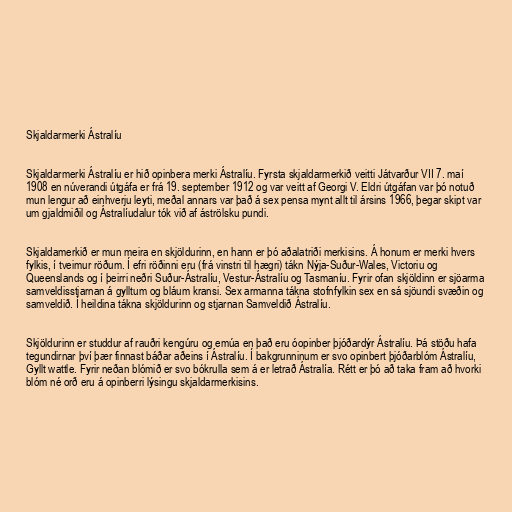
Skjaldarmerki Ástralíu

Skjaldarmerki Ástralíu er hið opinbera merki Ástralíu. Fyrsta skjaldarmerkið veitti Játvarður VII 7. maí
1908 en núverandi útgáfa er frá 19. september 1912 og var veitt af Georgi V. Eldri útgáfan var þó notuð
mun lengur að einhverju leyti, meðal annars var það á sex pensa mynt allt til ársins 1966, þegar skipt var
um gjaldmiðil og Ástralíudalur tók við af áströlsku pundi.

Skjaldamerkið er mun meira en skjöldurinn, en hann er þó aðalatriði merkisins. Á honum er merki hvers
fylkis, í tveimur röðum. Í efri röðinni eru (frá vinstri til hægri) tákn Nýja-Suður-Wales, Victoriu og
Queenslands og í þeirri neðri Suður-Ástralíu, Vestur-Ástralíu og Tasmaníu. Fyrir ofan skjöldinn er sjöarma
samveldisstjarnan á gylltum og bláum kransi. Sex armanna tákna stofnfylkin sex en sá sjöundi svæðin og
samveldið. Í heildina tákna skjöldurinn og stjarnan Samveldið Ástralíu.

Skjöldurinn er studdur af rauðri kengúru og emúa en það eru óopinber þjóðardýr Ástralíu. Þá stöðu hafa
tegundirnar því þær finnast báðar aðeins í Ástralíu. Í bakgrunninum er svo opinbert þjóðarblóm Ástralíu,
Gyllt wattle. Fyrir neðan blómið er svo bókrulla sem á er letrað Ástralía. Rétt er þó að taka fram að hvorki
blóm né orð eru á opinberri lýsingu skjaldarmerkisins.